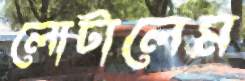
লোটালেম